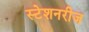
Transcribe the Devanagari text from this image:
स्टेशनरीज